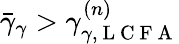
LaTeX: \bar{\gamma}_{\gamma}>\gamma_{\gamma,\mathrm{~L~C~F~A~}}^{(n)}